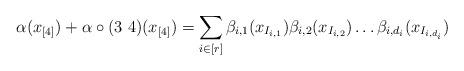
LaTeX: \begin{align*}\alpha(x_{[4]})+ \alpha \circ (3\,\,4)(x_{[4]}) = \sum_{i \in [r]} \beta_{i, 1}(x_{I_{i,1}}) \beta_{i, 2}(x_{I_{i,2}}) \dots \beta_{i, d_i}(x_{I_{i,d_i}})\end{align*}